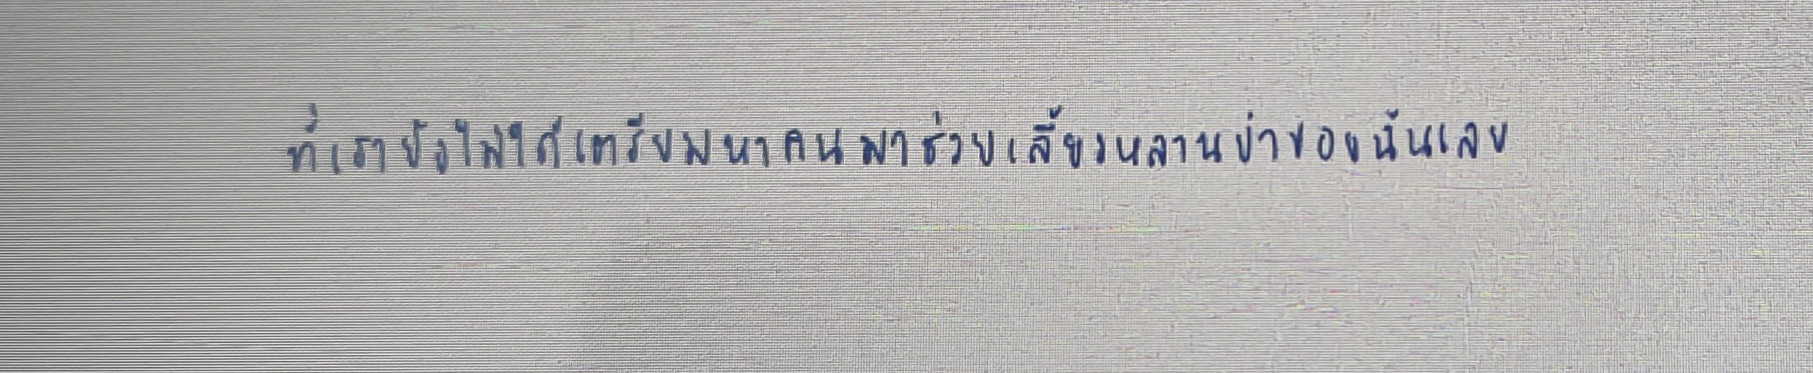
ที่เรายังไม่ได้เตรียมหาคนมาช่วยเลี้ยงหลานย่าของฉันเลย